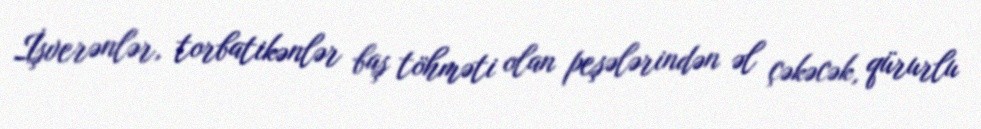
İşverənlər, torbatikənlər baş töhməti olan peşələrindən əl çəkəcək, qürurlu